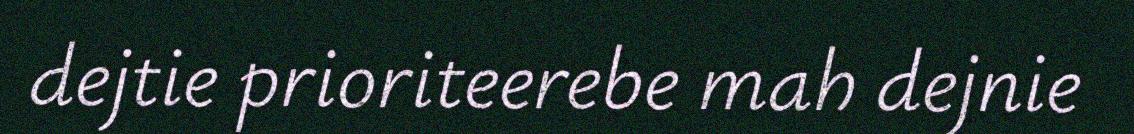
dejtie prioriteerebe mah dejnie